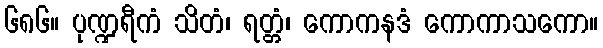
၆၈၆။ ပုဏ္ဍရီကံ သိတံ၊ ရတ္တံ၊ ကောကနဒံ ကောကာသကော။